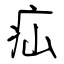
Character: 疝